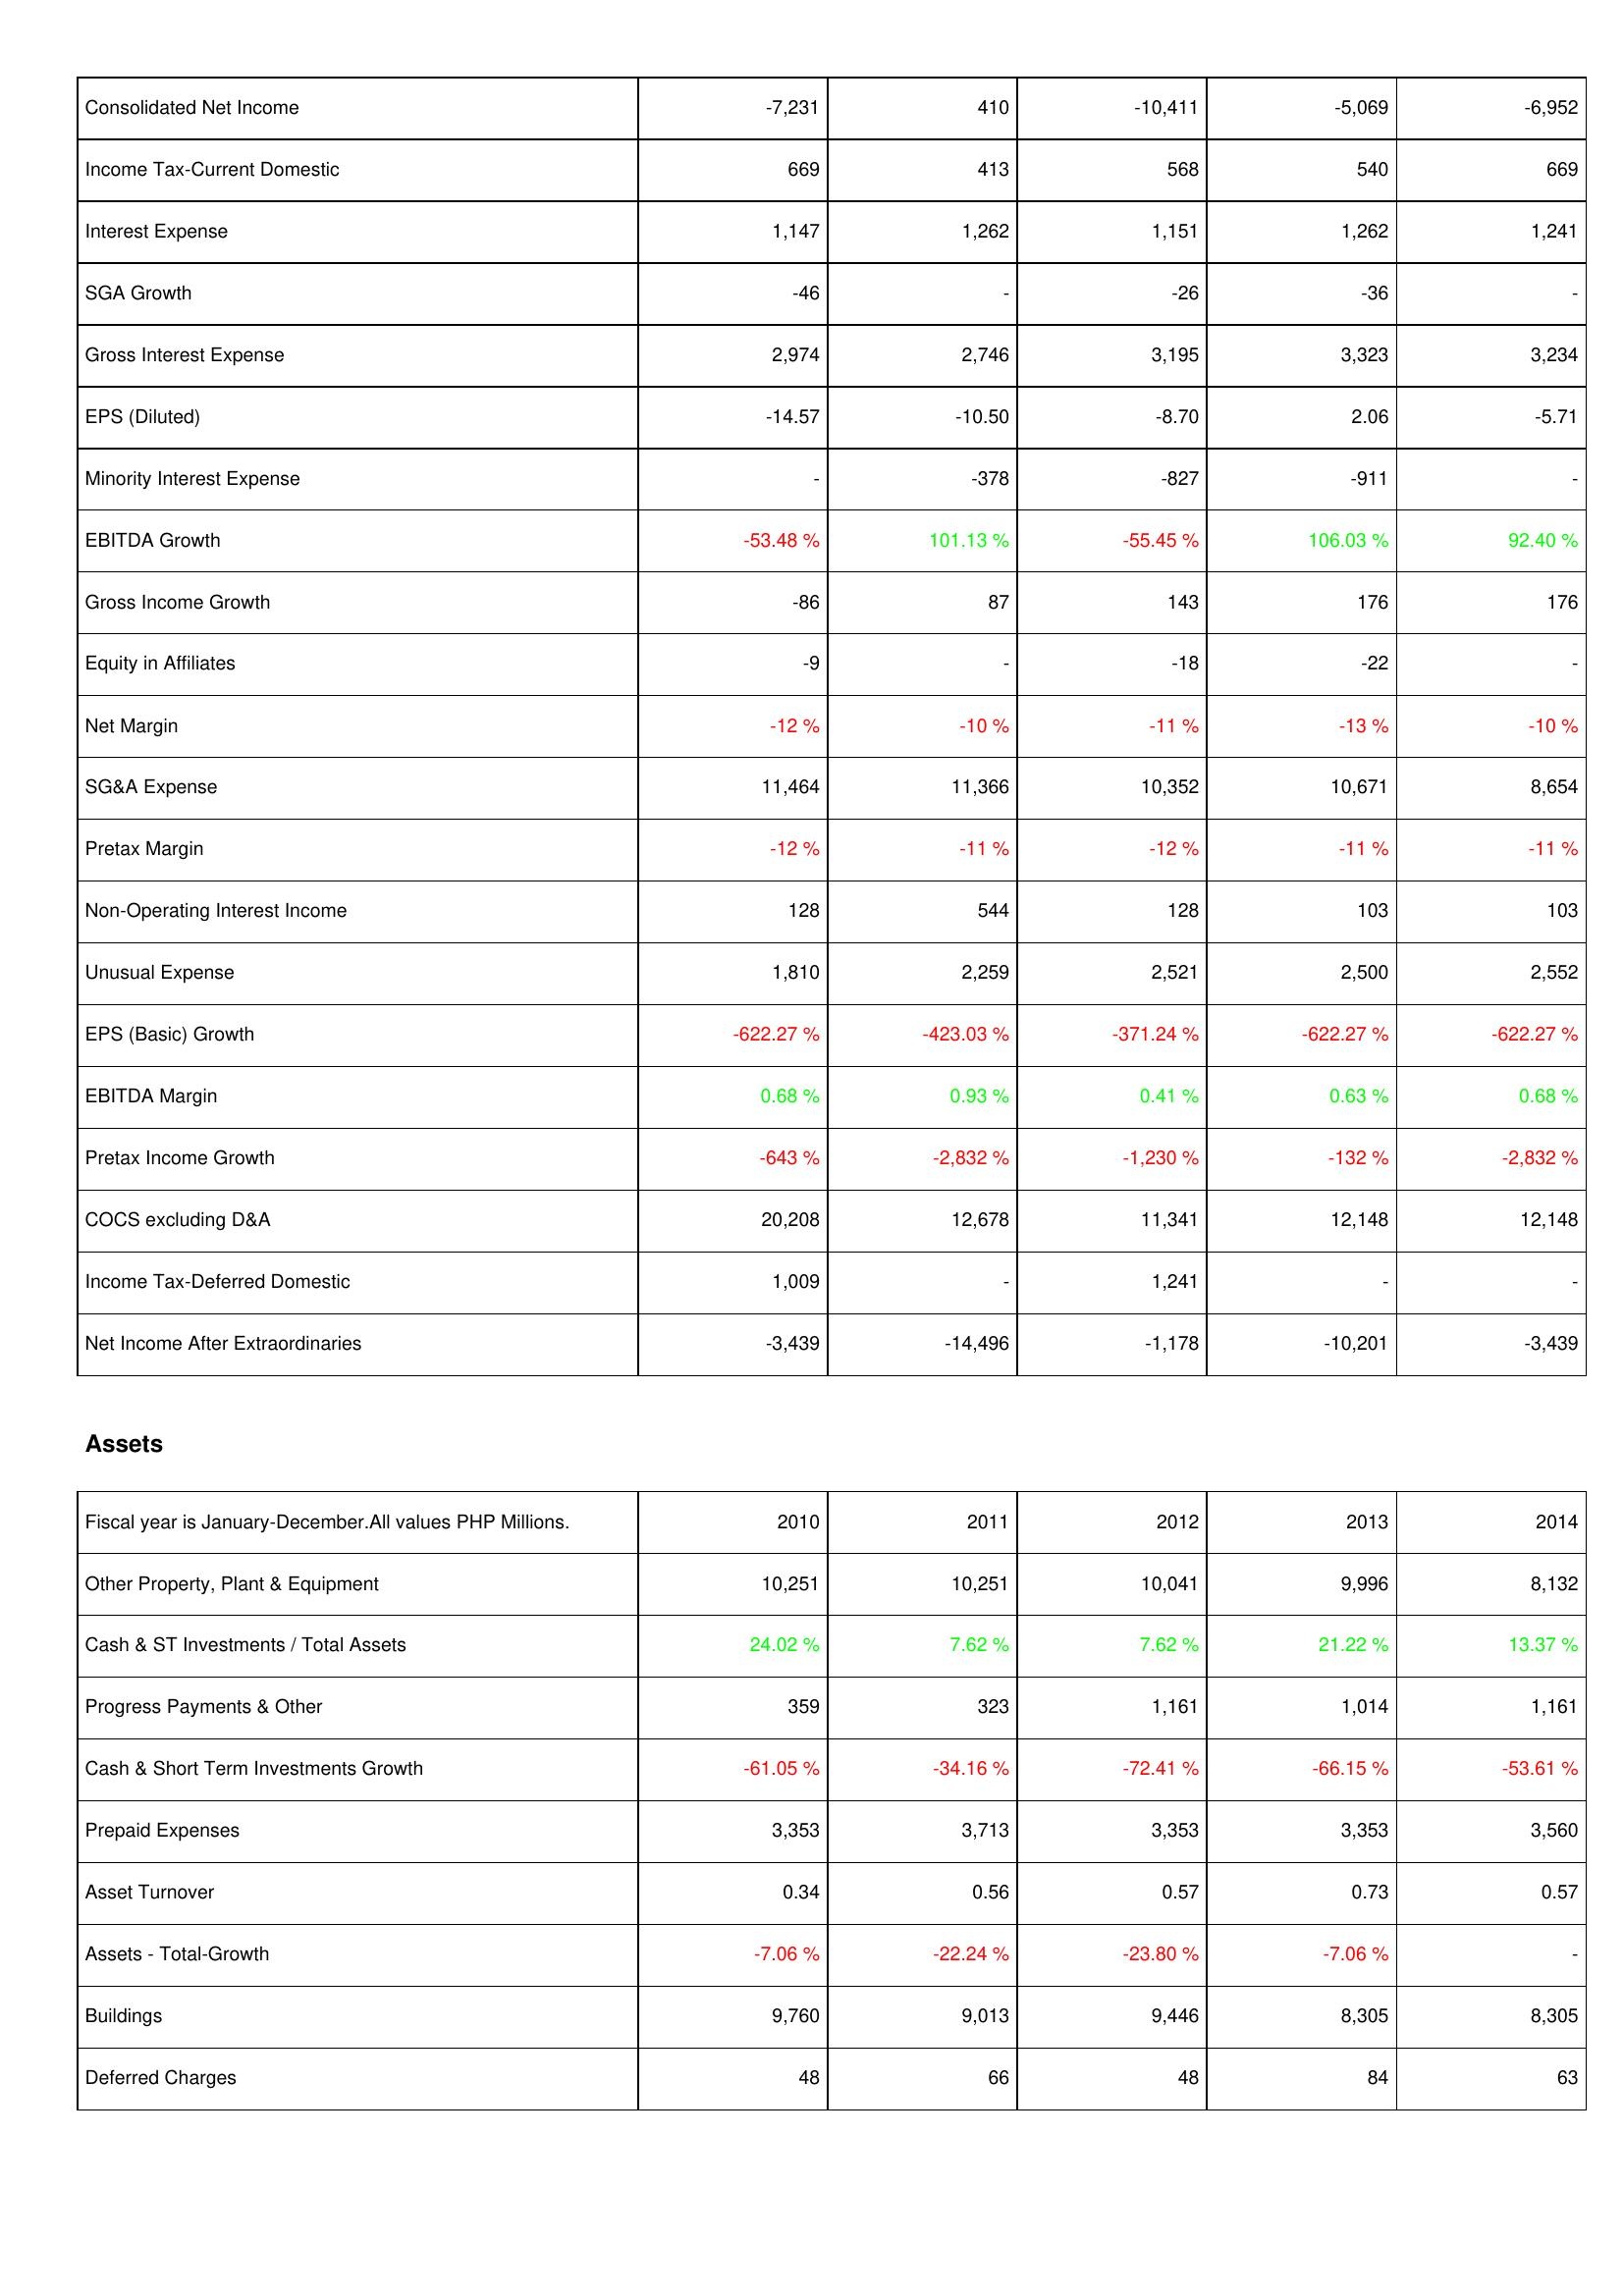
2010: Income Statement: Consolidated Net Income: -7,231
Income Tax-Current Domestic: 669
Interest Expense: 1,147
SGA Growth: -46
Gross Interest Expense: 2,974
EPS (Diluted): -14.57
Minority Interest Expense: -
EBITDA Growth: -53.48 %
Gross Income Growth: -86
Equity in Affiliates: -9
Net Margin: -12 %
SG&A Expense: 11,464
Pretax Margin: -12 %
Non-Operating Interest Income: 128
Unusual Expense: 1,810
EPS (Basic) Growth: -622.27 %
EBITDA Margin: 0.68 %
Pretax Income Growth: -643 %
COCS excluding D&A: 20,208
Income Tax-Deferred Domestic: 1,009
Net Income After Extraordinaries: -3,439
Assets: Other Property, Plant & Equipment: 10,251
Cash & ST Investments / Total Assets: 24.02 %
Progress Payments & Other: 359
Cash & Short Term Investments Growth: -61.05 %
Prepaid Expenses: 3,353
Asset Turnover: 0.34
Assets - Total-Growth: -7.06 %
Buildings: 9,760
Deferred Charges: 48
2011: Income Statement: Consolidated Net Income: 410
Income Tax-Current Domestic: 413
Interest Expense: 1,262
SGA Growth: -
Gross Interest Expense: 2,746
EPS (Diluted): -10.50
Minority Interest Expense: -378
EBITDA Growth: 101.13 %
Gross Income Growth: 87
Equity in Affiliates: -
Net Margin: -10 %
SG&A Expense: 11,366
Pretax Margin: -11 %
Non-Operating Interest Income: 544
Unusual Expense: 2,259
EPS (Basic) Growth: -423.03 %
EBITDA Margin: 0.93 %
Pretax Income Growth: -2,832 %
COCS excluding D&A: 12,678
Income Tax-Deferred Domestic: -
Net Income After Extraordinaries: -14,496
Assets: Other Property, Plant & Equipment: 10,251
Cash & ST Investments / Total Assets: 7.62 %
Progress Payments & Other: 323
Cash & Short Term Investments Growth: -34.16 %
Prepaid Expenses: 3,713
Asset Turnover: 0.56
Assets - Total-Growth: -22.24 %
Buildings: 9,013
Deferred Charges: 66
2012: Income Statement: Consolidated Net Income: -10,411
Income Tax-Current Domestic: 568
Interest Expense: 1,151
SGA Growth: -26
Gross Interest Expense: 3,195
EPS (Diluted): -8.70
Minority Interest Expense: -827
EBITDA Growth: -55.45 %
Gross Income Growth: 143
Equity in Affiliates: -18
Net Margin: -11 %
SG&A Expense: 10,352
Pretax Margin: -12 %
Non-Operating Interest Income: 128
Unusual Expense: 2,521
EPS (Basic) Growth: -371.24 %
EBITDA Margin: 0.41 %
Pretax Income Growth: -1,230 %
COCS excluding D&A: 11,341
Income Tax-Deferred Domestic: 1,241
Net Income After Extraordinaries: -1,178
Assets: Other Property, Plant & Equipment: 10,041
Cash & ST Investments / Total Assets: 7.62 %
Progress Payments & Other: 1,161
Cash & Short Term Investments Growth: -72.41 %
Prepaid Expenses: 3,353
Asset Turnover: 0.57
Assets - Total-Growth: -23.80 %
Buildings: 9,446
Deferred Charges: 48
2013: Income Statement: Consolidated Net Income: -5,069
Income Tax-Current Domestic: 540
Interest Expense: 1,262
SGA Growth: -36
Gross Interest Expense: 3,323
EPS (Diluted): 2.06
Minority Interest Expense: -911
EBITDA Growth: 106.03 %
Gross Income Growth: 176
Equity in Affiliates: -22
Net Margin: -13 %
SG&A Expense: 10,671
Pretax Margin: -11 %
Non-Operating Interest Income: 103
Unusual Expense: 2,500
EPS (Basic) Growth: -622.27 %
EBITDA Margin: 0.63 %
Pretax Income Growth: -132 %
COCS excluding D&A: 12,148
Income Tax-Deferred Domestic: -
Net Income After Extraordinaries: -10,201
Assets: Other Property, Plant & Equipment: 9,996
Cash & ST Investments / Total Assets: 21.22 %
Progress Payments & Other: 1,014
Cash & Short Term Investments Growth: -66.15 %
Prepaid Expenses: 3,353
Asset Turnover: 0.73
Assets - Total-Growth: -7.06 %
Buildings: 8,305
Deferred Charges: 84
2014: Income Statement: Consolidated Net Income: -6,952
Income Tax-Current Domestic: 669
Interest Expense: 1,241
SGA Growth: -
Gross Interest Expense: 3,234
EPS (Diluted): -5.71
Minority Interest Expense: -
EBITDA Growth: 92.40 %
Gross Income Growth: 176
Equity in Affiliates: -
Net Margin: -10 %
SG&A Expense: 8,654
Pretax Margin: -11 %
Non-Operating Interest Income: 103
Unusual Expense: 2,552
EPS (Basic) Growth: -622.27 %
EBITDA Margin: 0.68 %
Pretax Income Growth: -2,832 %
COCS excluding D&A: 12,148
Income Tax-Deferred Domestic: -
Net Income After Extraordinaries: -3,439
Assets: Other Property, Plant & Equipment: 8,132
Cash & ST Investments / Total Assets: 13.37 %
Progress Payments & Other: 1,161
Cash & Short Term Investments Growth: -53.61 %
Prepaid Expenses: 3,560
Asset Turnover: 0.57
Assets - Total-Growth: -
Buildings: 8,305
Deferred Charges: 63